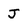
Character: J